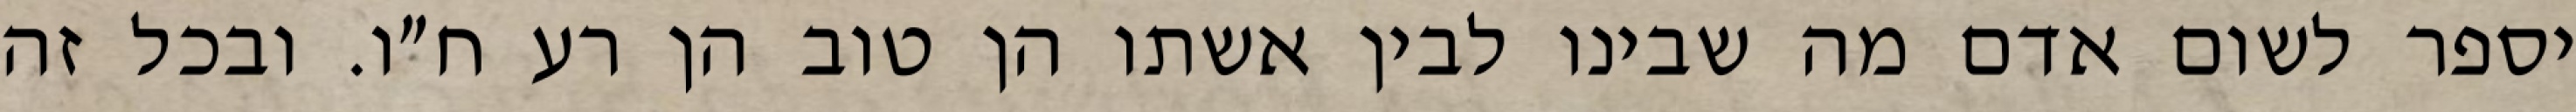
יספר לשום אדם מה שבינו לבין אשתו הן טוב הן רע ח״ו. ובכל זה